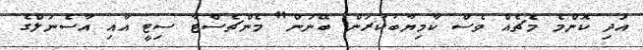
އަދި ކޮންމެ މެޗެއް ވެސް ކާމިޔާބުކުރަން ބޭނުން" މެންޗެސްޓާ ސިޓީ އާއި އާސެނަލްގެ